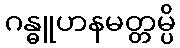
ဂန္ဓူဟနမတ္တမ္ပိ